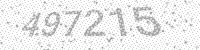
Solution: 497215